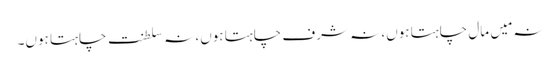
نہ مَیں مال چاہتا ہوں، نہ شرف چاہتا ہوں، نہ سلطنت چاہتا ہوں۔